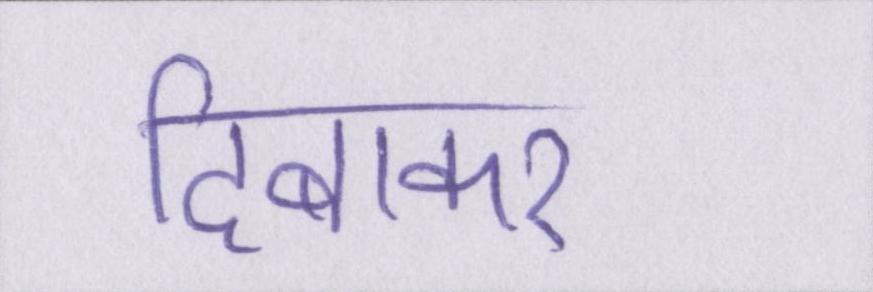
दिबाकर